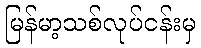
မြန်မာ့သစ်လုပ်ငန်းမှ